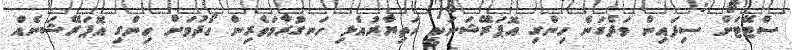
ސްޓޭޓަށް ސިފައިން ވަދެގަނެ ހިންގި އޮޕަރޭޝަނަކީ ހަތިޔާރުއެޅި ހަނގުރާމަވެރިން ހޯދުމަށް ހިންގި އޮޕަރޭޝަނެއް